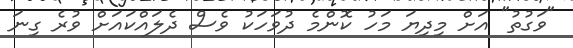
"ވަގުތު" އަށް މިދިޔަ މަހު ކޮންމެ ދުވަހަކު ވެސް ދެލައްކައަށް ވުރެ ގިނަ